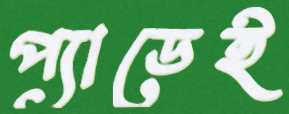
প্যাডেই